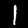
Digit: 1